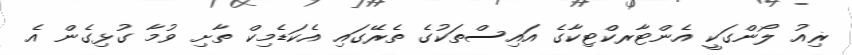
ޜިއު ލޯންގަކީ އެންޓާރކްޓިކާގެ އައިސްތަކުގެ ތެރޭގައި އެކަޑެމިކް ތާށި ވުމާ ގުޅިގެން އެ